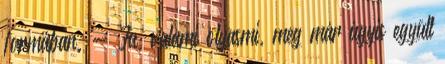
formában. - Ja, valami olyasmi, meg már úgyis együtt